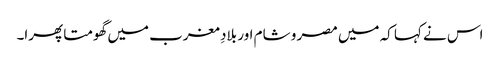
اس نے کہا کہ میں مصر و شام اور بلادِ مغرب میں گھومتا پھرا۔